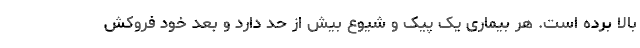
بالا برده است. هر بیماری یک پیک و شیوع بیش از حد دارد و بعد خود فروکش